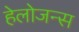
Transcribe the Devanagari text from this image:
हेलोजन्स